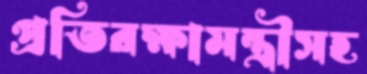
প্রতিরক্ষামন্ত্রীসহ